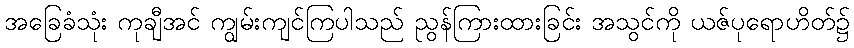
အခြေခံသုံး ကုချီအင် ကျွမ်းကျင်ကြပါသည် ညွန်ကြားထားခြင်း အသွင်ကို ယဇ်ပုရောဟိတ်၌